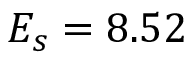
E _ { s } = 8 . 5 2 \